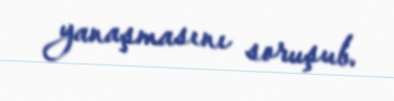
yanaşmasını soruşub.